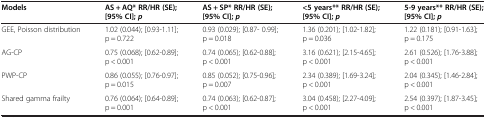
<table><thead><tr><td><b>Models</b></td><td><b>AS + AQ* RR/HR (SE); [95% CI]; <i>p</i></b></td><td><b>AS + SP* RR/HR (SE); [95% CI]; <i>p</i></b></td><td><b>&lt;5 years** RR/HR (SE); [95% CI]; <i>p</i></b></td><td><b>5-9 years** RR/HR (SE); [95% CI]; <i>p</i></b></td></tr></thead><tbody><tr><td>GEE, Poisson distribution</td><td>1.02 (0.044); [0.93-1.11]; p = 0.722</td><td>0.93 (0.029); [0.87- 0.99]; p = 0.018</td><td>1.36 (0.201); [1.02-1.82]; p = 0.036</td><td>1.22 (0.181); [0.91-1.63]; p = 0.175</td></tr><tr><td>AG-CP</td><td>0.75 (0.068); [0.62-0.89]; p &lt; 0.001</td><td>0.74 (0.065); [0.62-0.88]; p &lt; 0.001</td><td>3.16 (0.621); [2.15-4.65]; p &lt; 0.001</td><td>2.61 (0.526); [1.76-3.88]; p &lt; 0.001</td></tr><tr><td>PWP-CP</td><td>0.86 (0.055); [0.76-0.97]; p = 0.015</td><td>0.85 (0.052); [0.75-0.96]; p = 0.007</td><td>2.34 (0.389); [1.69-3.24]; p &lt; 0.001</td><td>2.04 (0.345); [1.46-2.84]; p &lt; 0.001</td></tr><tr><td>Shared gamma frailty</td><td>0.76 (0.064); [0.64-0.89]; p = 0.001</td><td>0.74 (0.063); [0.62-0.87]; p &lt; 0.001</td><td>3.04 (0.458); [2.27-4.09]; p &lt; 0.001</td><td>2.54 (0.397); [1.87-3.45]; p &lt; 0.001</td></tr></tbody></table>